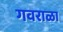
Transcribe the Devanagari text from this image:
गवराळा